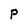
Character: p